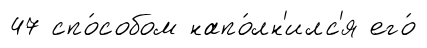
47 спо́собом напо́лн'илс'я его́